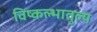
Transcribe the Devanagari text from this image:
विष्कल्भातुल्य